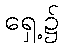
ရှေ့၌